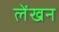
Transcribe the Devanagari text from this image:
लेंखन